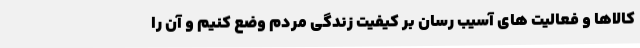
کالاها و فعالیت های آسیب رسان بر کیفیت زندگی مردم وضع کنیم و آن را